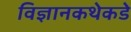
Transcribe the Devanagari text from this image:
विज्ञानकथेकडे